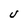
Character: U